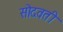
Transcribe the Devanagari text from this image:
सोदवती